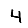
Digit: 4